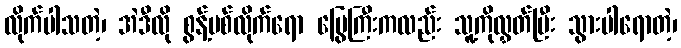
လိုက်ပါသတဲ့၊ အဲဒီလို စွန့်ပစ်လိုက်ရော မြွေကြီးကလည်း သူ့ကိုလွှတ်ပြီး သွားပါရောတဲ့၊